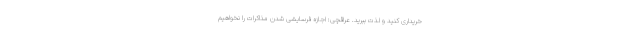
خریداری کنید و لذت ببرید. عراقچی: اجازه فرسایشی شدن مذاکرات را نخواهیم